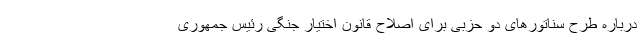
درباره طرح سناتورهای دو حزبی برای اصلاح قانون اختیار جنگی رئیس جمهوری